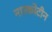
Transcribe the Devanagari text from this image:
नारकोटीन